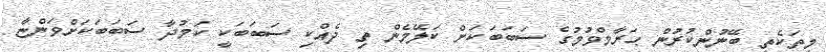
މިތަކެތި ބޭނުންކުރުން ޙަރާމްވުމުގެ ސަބަބަކަށް ކަލޭމެން ތި ދެއްކި ސަބަބަކީ ކަމުދާ ސަބަބަކަށްވަންޏާ